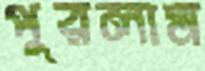
পুরলাম